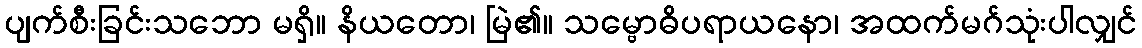
ပျက်စီးခြင်းသဘော မရှိ။ နိယတော၊ မြဲ၏။ သမ္ဗောဓိပရာယနော၊ အထက်မဂ်သုံးပါလျှင်